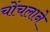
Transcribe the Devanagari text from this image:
चोंचलाने